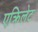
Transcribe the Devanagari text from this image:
एक्रिलेट